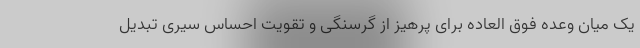
یک میان وعده فوق العاده برای پرهیز از گرسنگی و تقویت احساس سیری تبدیل